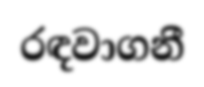
රඳවාගනී